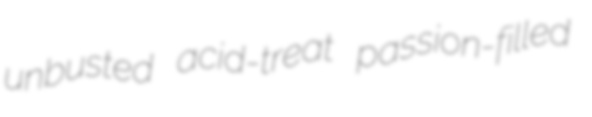
unbusted acid-treat passion-filled